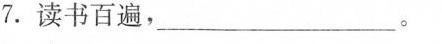
7.读书百遍，_______________。